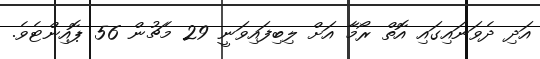
އަދި ދެވަނައިގައި އޮތް ރޯމާ އަށް ލިބިފައިވަނީ 29 މެޗުން 56 ޕޮއިންޓެވެ.